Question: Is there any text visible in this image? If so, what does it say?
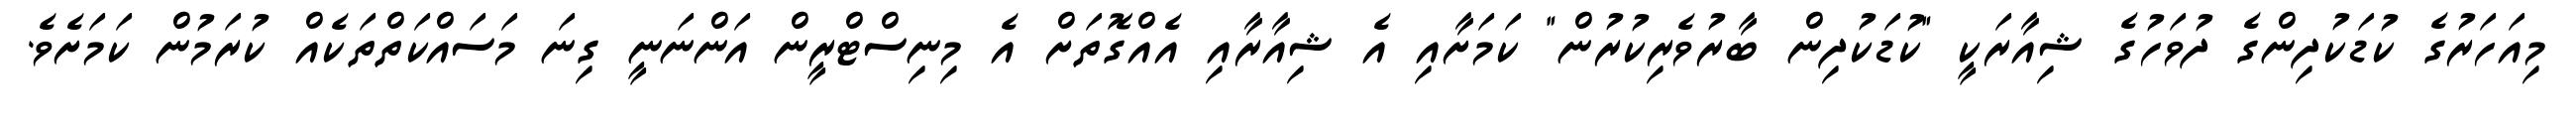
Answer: މިއަހަރުގެ ކުޑަކުދިންގެ ދުވަހުގެ ޝިއާރަކީ "ކުޑަކުދިން ބާރުވެރިކުރުން" ކަމަށާއި އެ ޝިއާރާއި އެއްގޮތަށް އެ މިނިސްޓްރީން އަންނަނީ ގިނަ މަސައްކަތްތަކެއް ކުރަމުން ކަމަށެވެ.